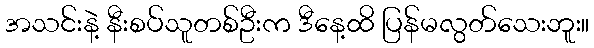
အသင်းနဲ့ နီးစပ်သူတစ်ဦးက ဒီနေ့ထိ ပြန်မလွတ်သေးဘူး။